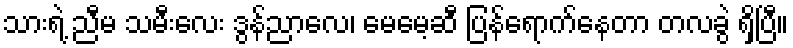
သားရဲ့ ညီမ သမီးလေး ဒွန်ညာလေ၊ မေမေ့ဆီ ပြန်ရောက်နေတာ တလခွဲ ရှိပြီ။